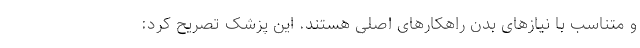
و متناسب با نیازهای بدن راهکارهای اصلی هستند. این پزشک تصریح کرد: